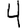
Digit: 4